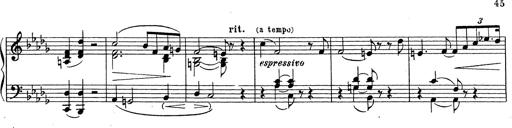
Title: Grosses Konzertsolo
Composer: Franz Liszt